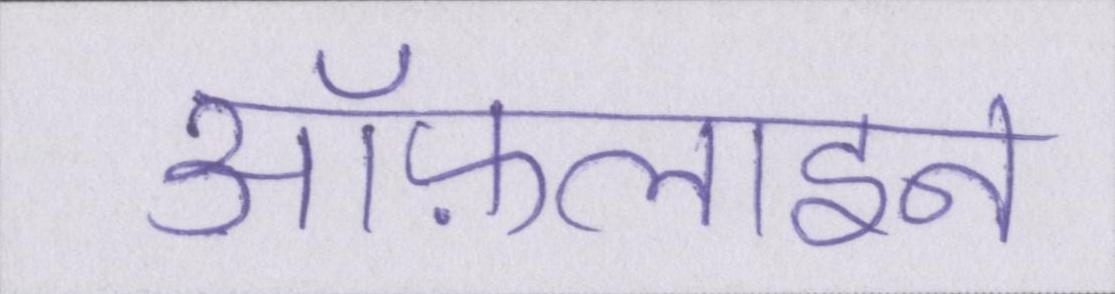
ऑफ़लाइन